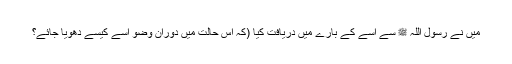
میں نے رسول اللہ ﷺ سے اسے کے بارے میں دریافت کیا (کہ اس حالت میں دوران وضو اسے کیسے دھویا جائے؟